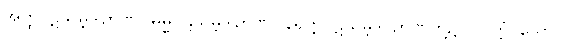
အတ္ထပဋိသမ္ဘိဒါဉာဏ်။ ဓမ္မပဋိသမ္ဘိဒါဉာဏ်။ နိရုတ္တိပဋိသမ္ဘိဒါ ဉာဏ်တို့၌။ ပဝတ္တံ၊ သော။